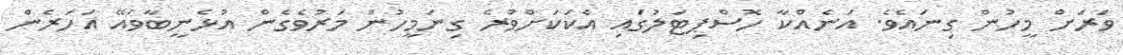
ވަރަށް މީހުން ގިނައެވެ. އަނެއްކާ ހޮސްޕިޓަލުގައި އެކަކަށްވުރެ ގިނަމީހުން މަރުވެގެން އުޅެނީބާވައޭ އަހަރެން